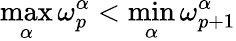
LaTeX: \operatorname*{max}_{\alpha}\omega_{p}^{\alpha}<\operatorname*{min}_{\alpha}\omega_{p+1}^{\alpha}